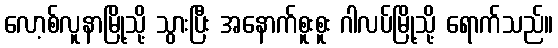
လော့စ်လူနာမြို့သို့ သွားပြီး အနောက်စူးစူး ဂါလပ်မြို့သို့ ရောက်သည်။